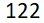
122